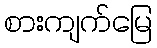
စားကျက်မြေ